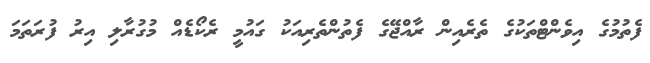
ފެތުމުގެ އިވެންޓްތަކުގެ ތެރެއިން ރާއްޖޭގެ ފެތުންތެރިއަކު ގައުމީ ރެކޯޑެއް މުގުރާލި އިރު ފުރަތަމަ